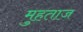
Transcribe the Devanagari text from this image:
मुहताज